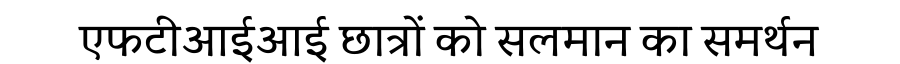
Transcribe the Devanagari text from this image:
एफटीआईआई छात्रों को सलमान का समर्थन